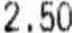
2.50